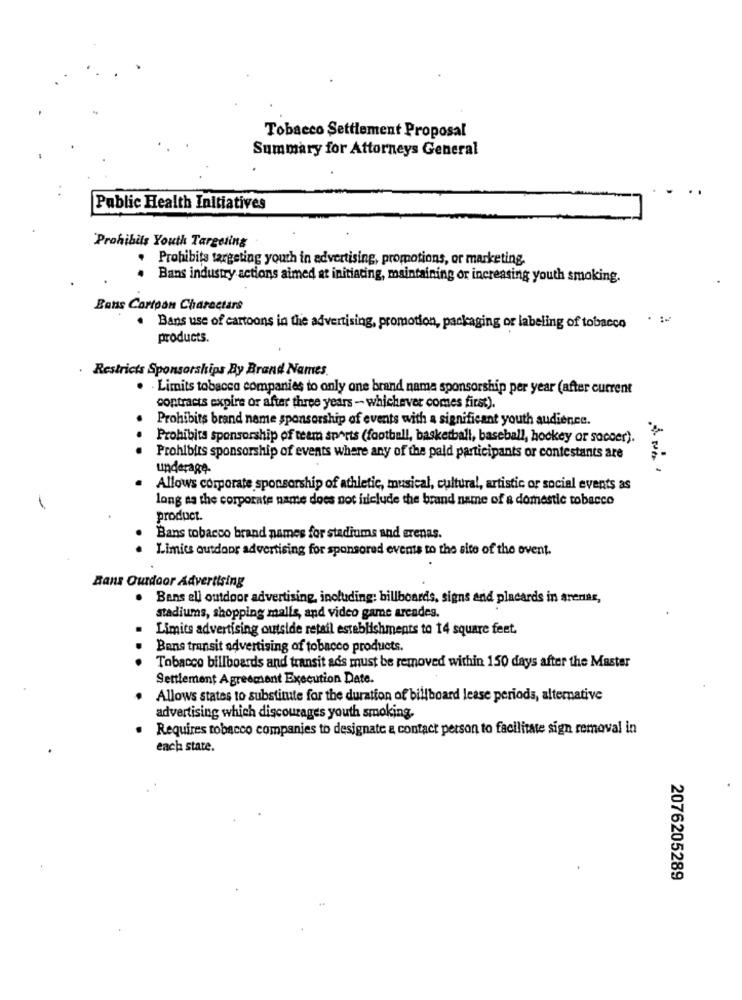
Tobacco Settlement Proposal
Summary for Attorneys General
Public Health Initiatives
Prohibits Youth Targeting
Prohibits targeting youth in advertising, promotions, or marketing.
Bans industry actions aimed at initiating, maintaining or increasing youth smoking.
Bans Cartoon Characters
. Bans use of cartoons in the advertising, promotion, packaging or labeling of tobacco
products.
Restricts Sponsorships By Brand Names.
. - Limits tobacco companies to only one brand nama sponsorship per year (after current
contracts expire or after three years - whichever comes first).
Prohibits brand name sponsorship of events with a significant youth audience.
Prohibits sponsorship of teem sports (football, basketball, baseball, hockey or soccer).
Prohibirs sponsorship of events where any of the paid participants or contestants are
underage.
Allows corporate sponsorship of athletic, musical, cultural, artistic or social events as
long as the corporate name does not include the brand name of a domestic tobacco
product.
Bans tobacco brand names for stadiums and erenas.
Limics outdoor advertising for sponsored events to the site of the ovent.
Rans Outdoor Advertising
. Bens ell outdoor advertising, including: billboards, signs and placards in arenas,
stadiums, shopping malls, and video game arcades.
Limits advertising outside retail establishments to 14 square feet.
Bans transit advertising of tobacco products.
Tobacco billboards and transit ads must be removed within 150 days after the Master
Settlement Agreement Execution Date.
Allows states to substitute for the duration of billboard lease periods, alternative
advertising which discourages youth smoking.
Requires tobacco companies to designate a contact person to facilitate sign removal in
each state.
2076205289